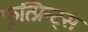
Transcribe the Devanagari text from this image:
फूत्प्रिन्ट्स